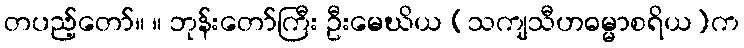
တပည့်တော်။ ။ ဘုန်းတော်ကြီး ဦးမေဃိယ (သကျသီဟဓမ္မာစရိယ)က